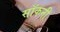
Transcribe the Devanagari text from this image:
सॉकनी